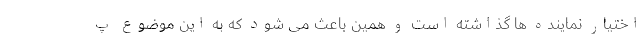
اختیار نماینده ها گذاشته است و همین باعث می شود که به این موضوع پ